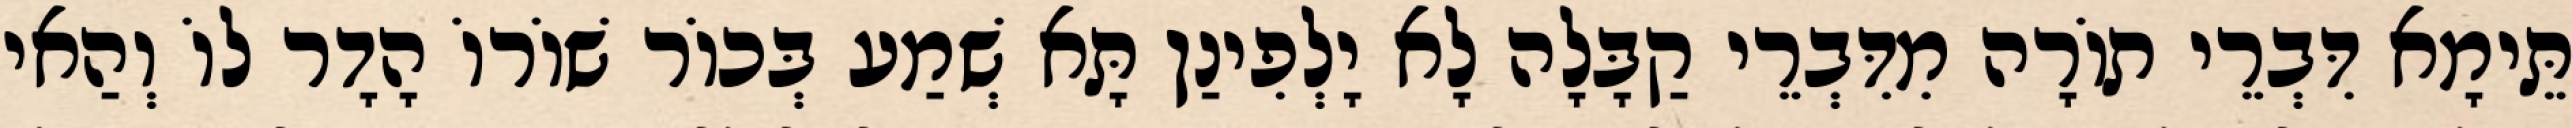
תֵּימָא דִּבְרֵי תוֹרָה מִדִּבְרֵי קַבָּלָה לָא יָלְפִינַן תָּא שְׁמַע בְּכוֹר שׁוֹרוֹ הָדָר לוֹ וְהַאי